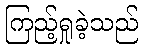
ကြည့်ရှုခဲ့သည်